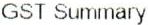
GST SUMMARY